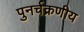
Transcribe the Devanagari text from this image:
पुनर्चक्रणीय